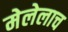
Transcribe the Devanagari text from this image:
मेलेलाच